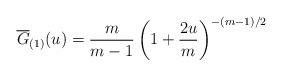
LaTeX: \begin{align*}\overline{G}_{(1)}(u)=\frac{m}{m-1}\left(1+\frac{2u}{m}\right)^{-(m-1)/2}\end{align*}